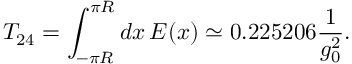
{ \cal T } _ { 2 4 } = \int _ { - \pi R } ^ { \pi R } d x \, E ( x ) \simeq 0 . 2 2 5 2 0 6 \frac { 1 } { g _ { 0 } ^ { 2 } } .